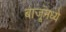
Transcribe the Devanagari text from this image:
बाजूंमध्ये